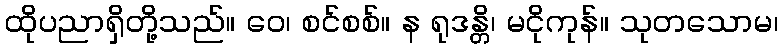
ထိုပညာရှိတို့သည်။ ဝေ၊ စင်စစ်။ န ရုဒန္တိ၊ မငိုကုန်။ သုတသောမ၊